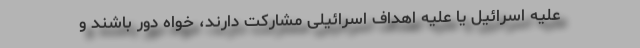
علیه اسرائیل یا علیه اهداف اسرائیلی مشارکت دارند، خواه دور باشند و